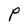
Character: P